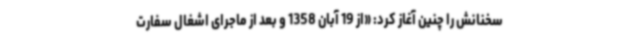
سخنانش را چنین آغاز کرد: «از 19 آبان 1358 و بعد از ماجرای اشغال سفارت